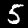
Label: 5